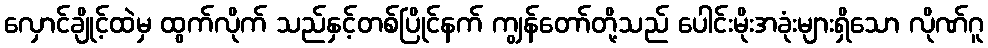
လှောင်ချိုင့်ထဲမှ ထွက်လိုက် သည်နှင့်တစ်ပြိုင်နက် ကျွန်တော်တို့သည် ပေါင်းမိုးအခုံးများရှိသော လိုဏ်ဂူ